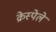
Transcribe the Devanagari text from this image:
क्रेस्पेले